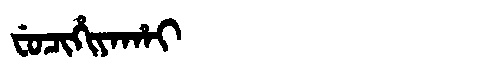
Manchu: ᠸᡠᠴᡳᡥᡳᠶᠠᡥᠠᡳ
Romanization: FUCIHIYAHAI